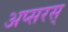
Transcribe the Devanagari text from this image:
अप्सरस्